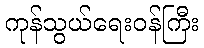
ကုန်သွယ်ရေးဝန်ကြီး